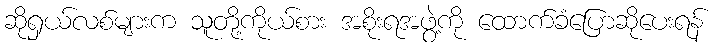
ဆိုရှယ်လစ်များက သူတို့ကိုယ်စား အစိုးရအဖွဲ့ကို ထောက်ခံပြောဆိုပေးရန်